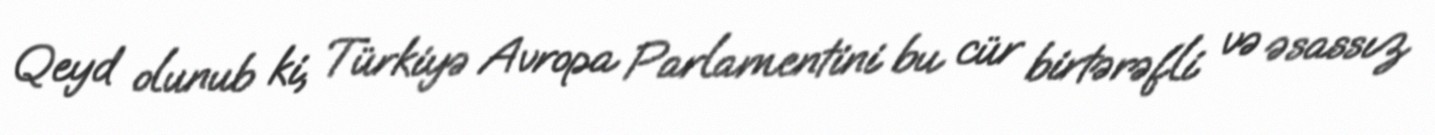
Qeyd olunub ki, Türkiyə Avropa Parlamentini bu cür birtərəfli və əsassız